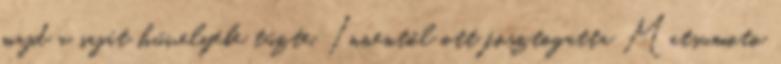
majd a saját hüvelyébe tűzte. Innentől ott fosztogatta Matsumoto